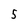
Character: 5